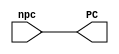
module pc_counter(
	output reg [31:0] PC,             // Output of pc_mod
	input wire [31:0] npc             // Input of pc_mod
);

   initial begin
      PC <= 0;
   end
	
   always @ ( npc) begin
      #1 PC <= npc;							// Non-blocking assignment for PC = npc
   end

endmodule